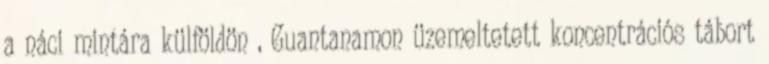
a náci mintára külföldön , Guantanamon üzemeltetett koncentrációs tábort